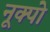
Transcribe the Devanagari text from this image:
नूक्पो